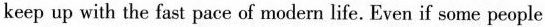
keep up with the fast pace of modern life. Even if some people